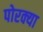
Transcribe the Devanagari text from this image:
पोरक्या